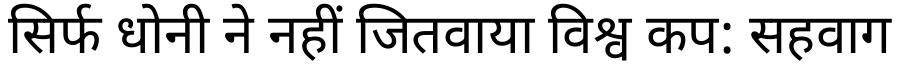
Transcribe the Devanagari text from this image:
सिर्फ धोनी ने नहीं जितवाया विश्व कप: सहवाग